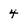
Character: 4